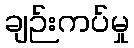
ချဉ်းကပ်မှု